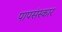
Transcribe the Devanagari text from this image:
पापसंस्कार